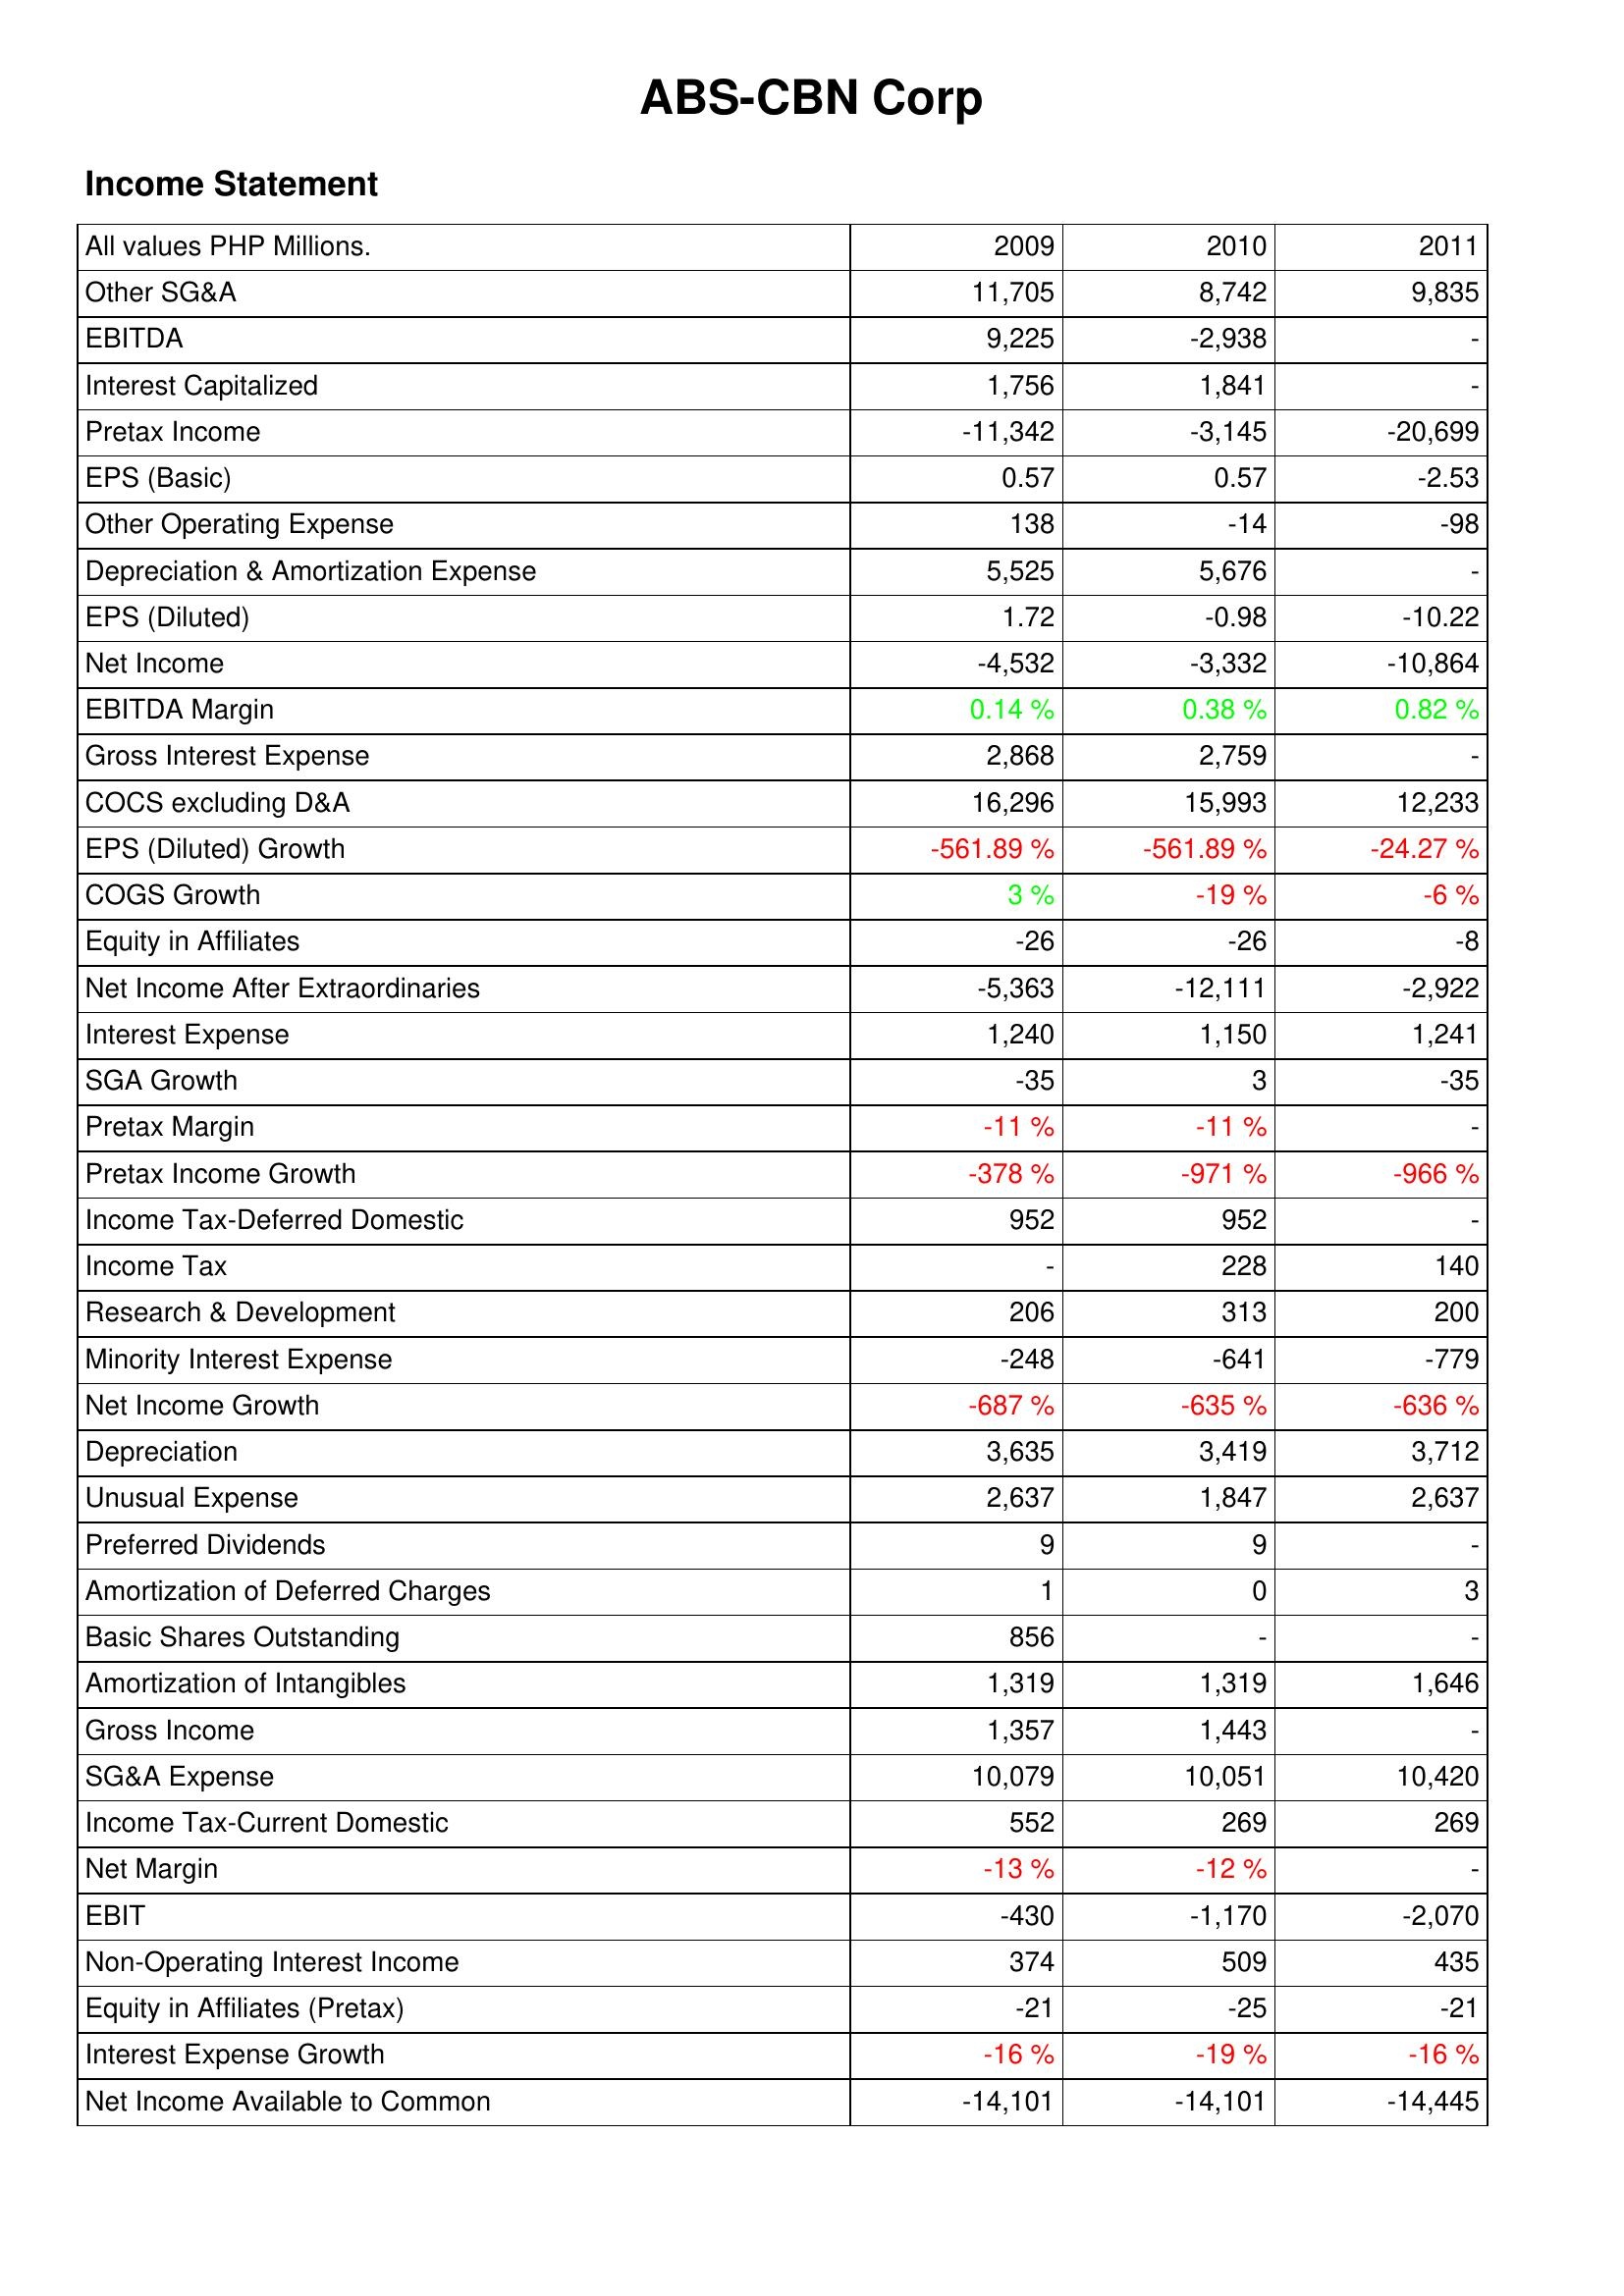
2009: Income Statement: Other SG&A: 11,705
EBITDA: 9,225
Interest Capitalized: 1,756
Pretax Income: -11,342
EPS (Basic): 0.57
Other Operating Expense: 138
Depreciation & Amortization Expense: 5,525
EPS (Diluted): 1.72
Net Income: -4,532
EBITDA Margin: 0.14 %
Gross Interest Expense: 2,868
COCS excluding D&A: 16,296
EPS (Diluted) Growth: -561.89 %
COGS Growth: 3 %
Equity in Affiliates: -26
Net Income After Extraordinaries: -5,363
Interest Expense: 1,240
SGA Growth: -35
Pretax Margin: -11 %
Pretax Income Growth: -378 %
Income Tax-Deferred Domestic: 952
Income Tax: -
Research & Development: 206
Minority Interest Expense: -248
Net Income Growth: -687 %
Depreciation: 3,635
Unusual Expense: 2,637
Preferred Dividends: 9
Amortization of Deferred Charges: 1
Basic Shares Outstanding: 856
Amortization of Intangibles: 1,319
Gross Income: 1,357
SG&A Expense: 10,079
Income Tax-Current Domestic: 552
Net Margin: -13 %
EBIT: -430
Non-Operating Interest Income: 374
Equity in Affiliates (Pretax): -21
Interest Expense Growth: -16 %
Net Income Available to Common: -14,101
2010: Income Statement: Other SG&A: 8,742
EBITDA: -2,938
Interest Capitalized: 1,841
Pretax Income: -3,145
EPS (Basic): 0.57
Other Operating Expense: -14
Depreciation & Amortization Expense: 5,676
EPS (Diluted): -0.98
Net Income: -3,332
EBITDA Margin: 0.38 %
Gross Interest Expense: 2,759
COCS excluding D&A: 15,993
EPS (Diluted) Growth: -561.89 %
COGS Growth: -19 %
Equity in Affiliates: -26
Net Income After Extraordinaries: -12,111
Interest Expense: 1,150
SGA Growth: 3
Pretax Margin: -11 %
Pretax Income Growth: -971 %
Income Tax-Deferred Domestic: 952
Income Tax: 228
Research & Development: 313
Minority Interest Expense: -641
Net Income Growth: -635 %
Depreciation: 3,419
Unusual Expense: 1,847
Preferred Dividends: 9
Amortization of Deferred Charges: 0
Basic Shares Outstanding: -
Amortization of Intangibles: 1,319
Gross Income: 1,443
SG&A Expense: 10,051
Income Tax-Current Domestic: 269
Net Margin: -12 %
EBIT: -1,170
Non-Operating Interest Income: 509
Equity in Affiliates (Pretax): -25
Interest Expense Growth: -19 %
Net Income Available to Common: -14,101
2011: Income Statement: Other SG&A: 9,835
EBITDA: -
Interest Capitalized: -
Pretax Income: -20,699
EPS (Basic): -2.53
Other Operating Expense: -98
Depreciation & Amortization Expense: -
EPS (Diluted): -10.22
Net Income: -10,864
EBITDA Margin: 0.82 %
Gross Interest Expense: -
COCS excluding D&A: 12,233
EPS (Diluted) Growth: -24.27 %
COGS Growth: -6 %
Equity in Affiliates: -8
Net Income After Extraordinaries: -2,922
Interest Expense: 1,241
SGA Growth: -35
Pretax Margin: -
Pretax Income Growth: -966 %
Income Tax-Deferred Domestic: -
Income Tax: 140
Research & Development: 200
Minority Interest Expense: -779
Net Income Growth: -636 %
Depreciation: 3,712
Unusual Expense: 2,637
Preferred Dividends: -
Amortization of Deferred Charges: 3
Basic Shares Outstanding: -
Amortization of Intangibles: 1,646
Gross Income: -
SG&A Expense: 10,420
Income Tax-Current Domestic: 269
Net Margin: -
EBIT: -2,070
Non-Operating Interest Income: 435
Equity in Affiliates (Pretax): -21
Interest Expense Growth: -16 %
Net Income Available to Common: -14,445